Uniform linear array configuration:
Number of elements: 16
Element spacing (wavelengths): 0.5
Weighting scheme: cosine
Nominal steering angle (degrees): -60
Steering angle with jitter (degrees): -61.023
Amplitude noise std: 0.05
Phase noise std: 0.05

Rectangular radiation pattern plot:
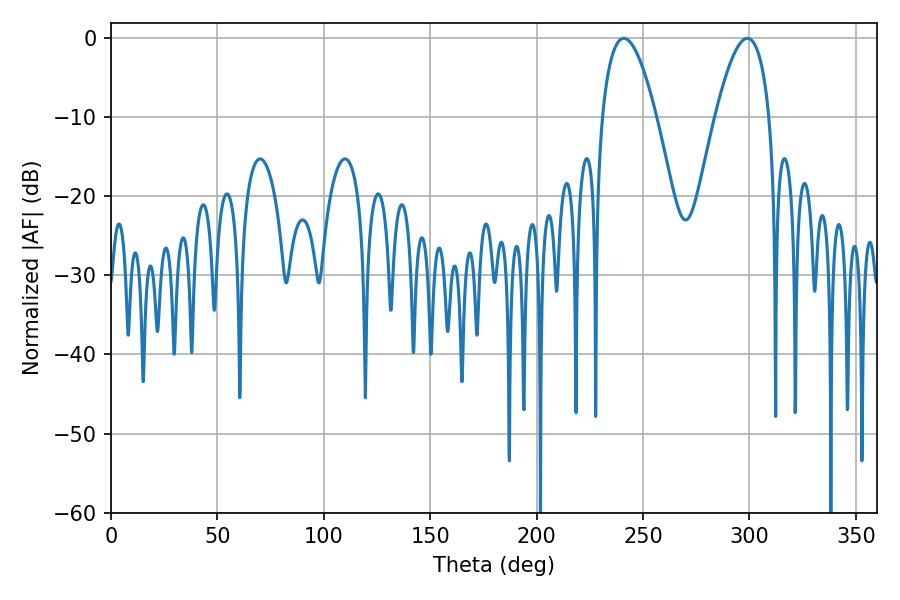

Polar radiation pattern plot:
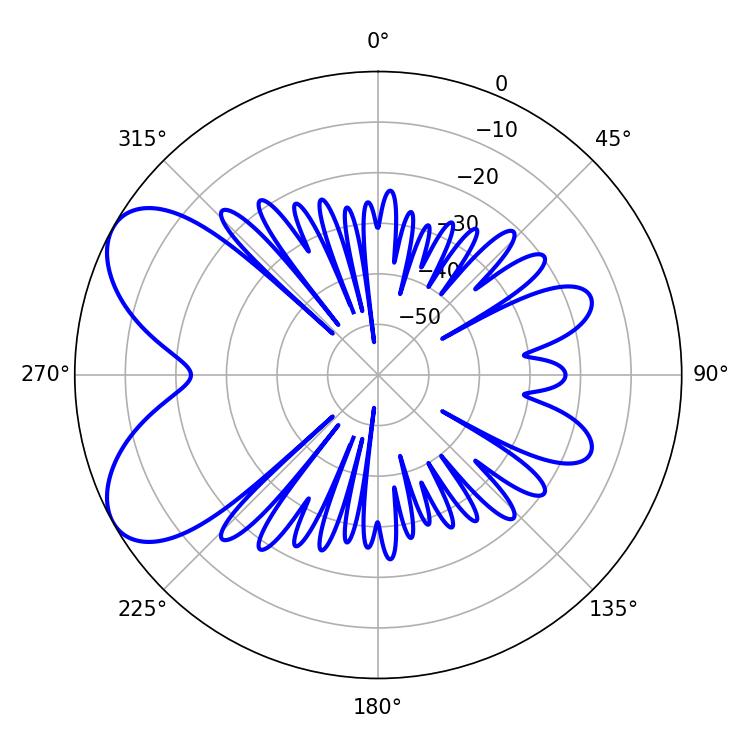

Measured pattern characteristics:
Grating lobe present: FALSE
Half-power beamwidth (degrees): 14.04
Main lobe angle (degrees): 241.02